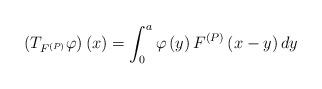
LaTeX: \begin{align*}\left(T_{F^{\left(P\right)}}\varphi\right)\left(x\right)=\int_{0}^{a}\varphi\left(y\right)F^{\left(P\right)}\left(x-y\right)dy\end{align*}